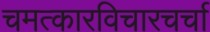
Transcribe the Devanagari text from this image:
चमत्कारविचारचर्चा